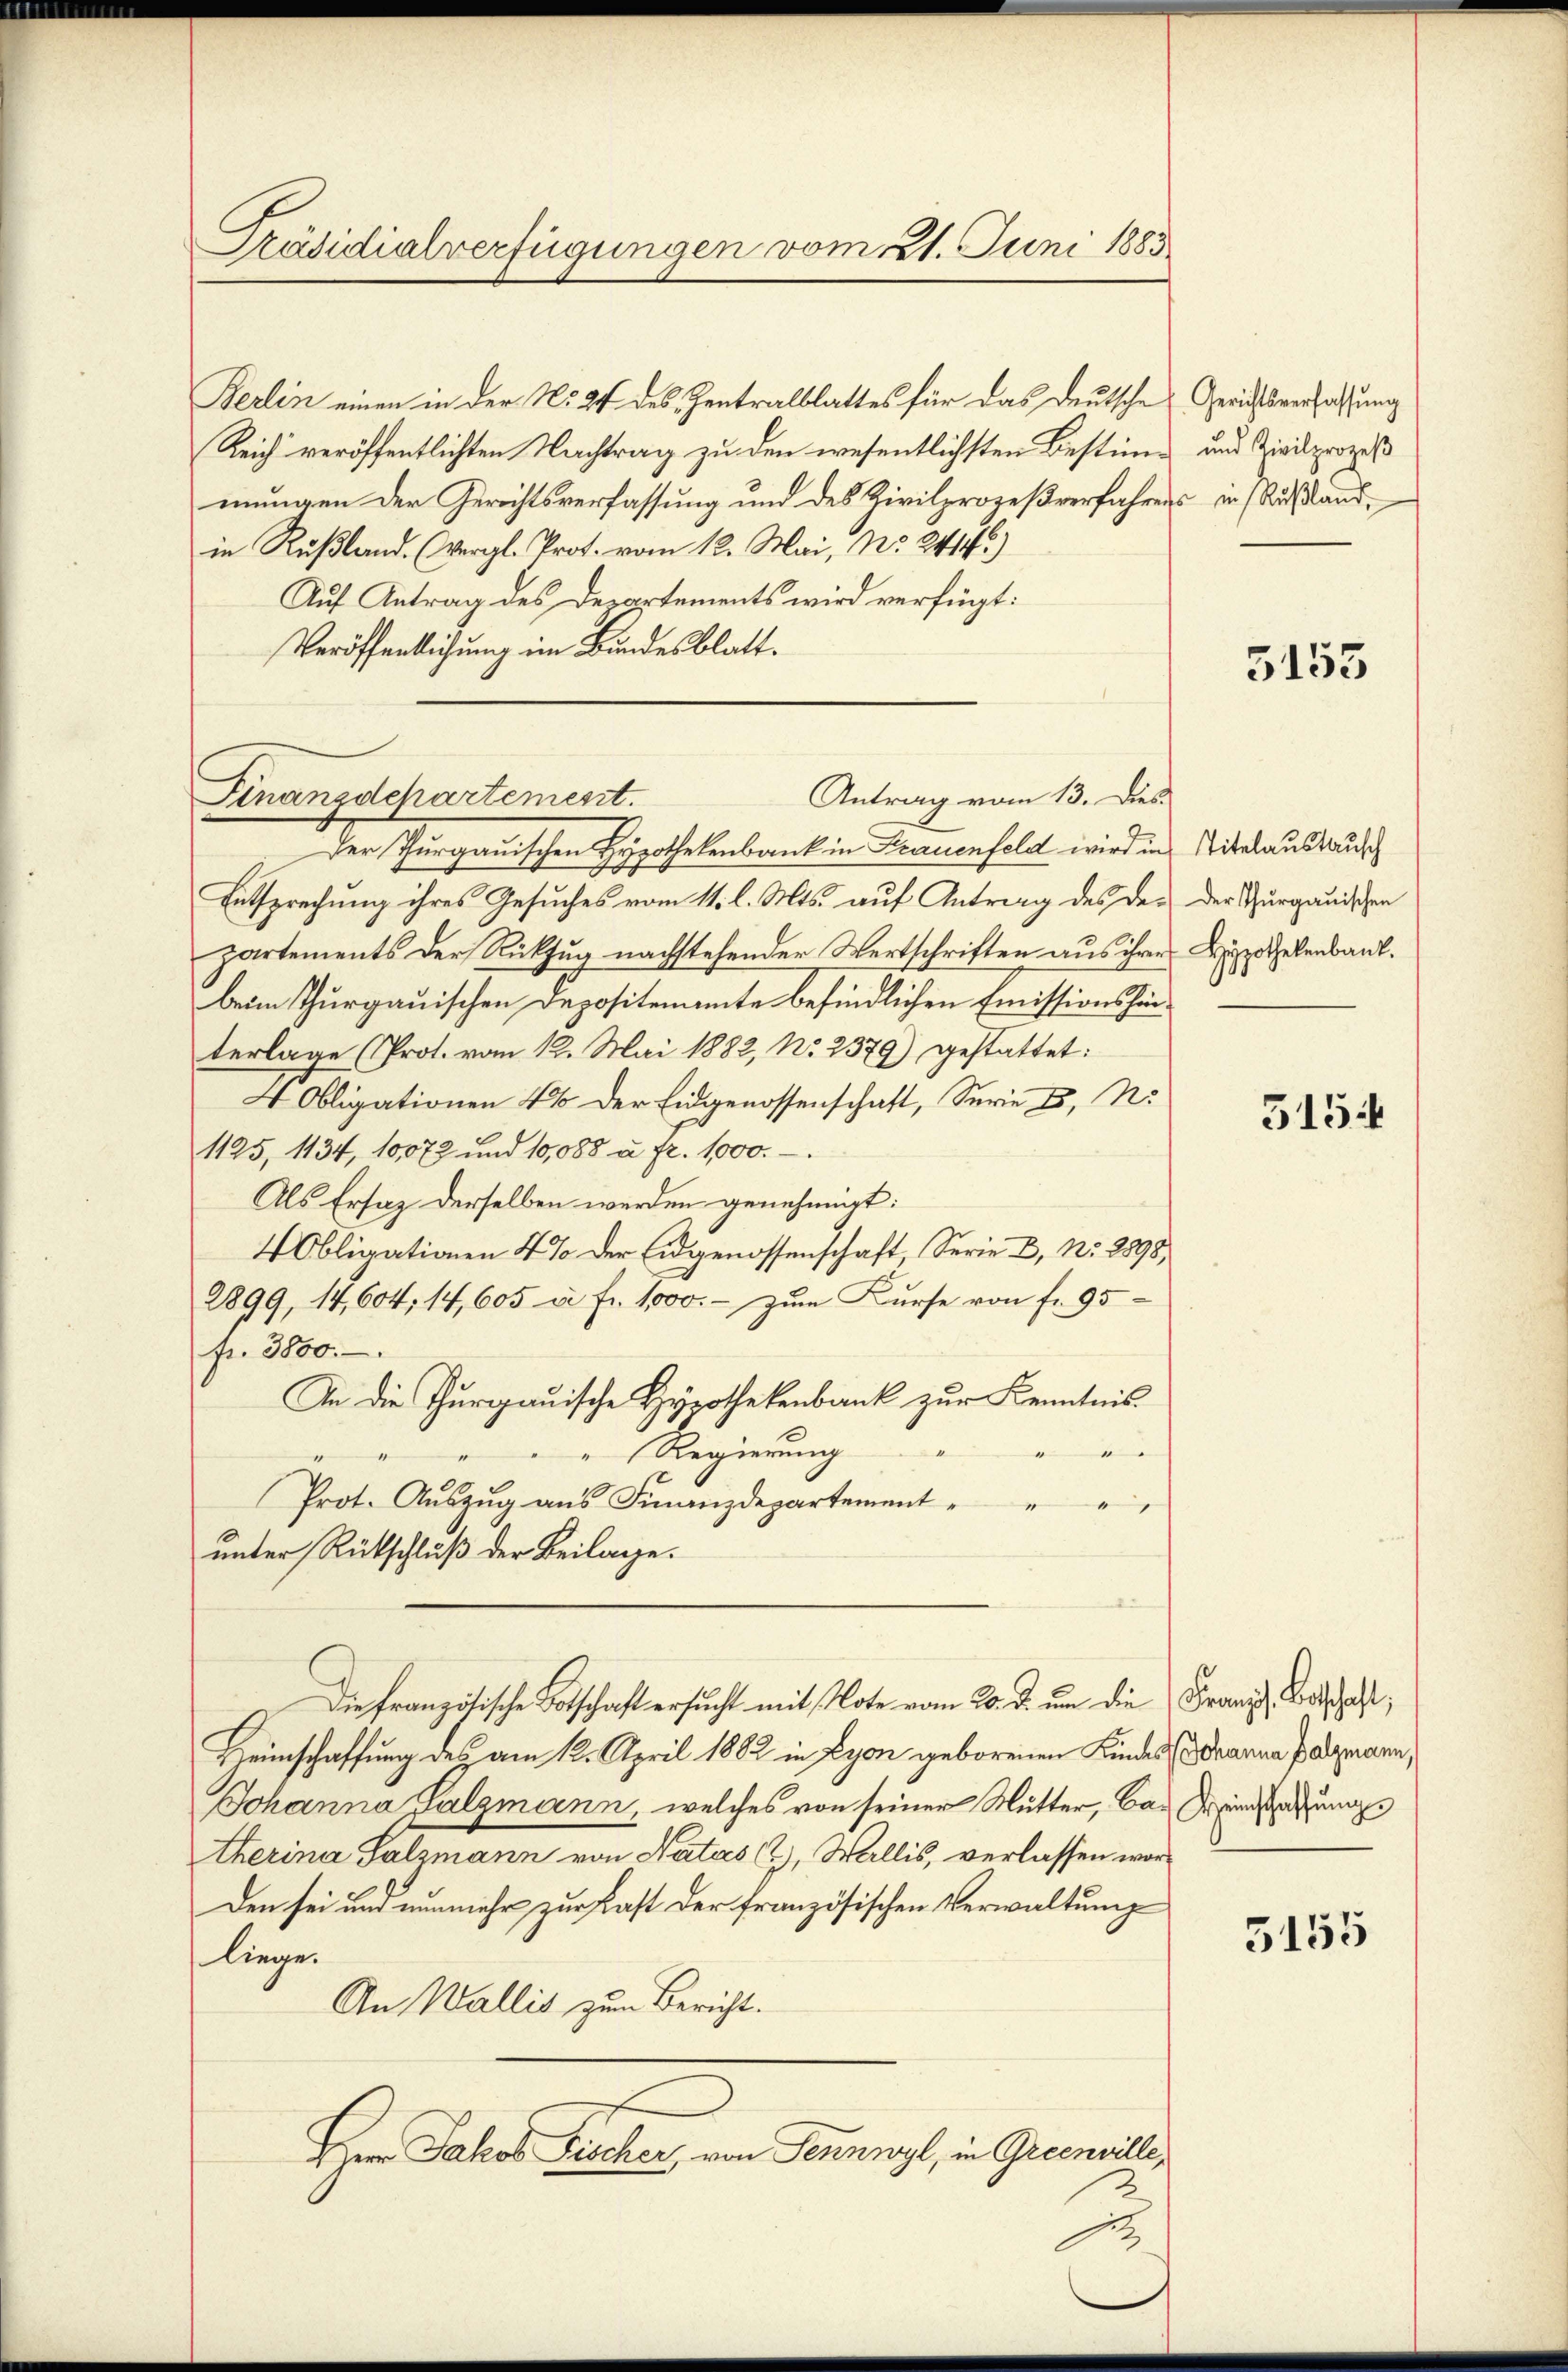
Präsidialverfügungen vom 1. Juni 1883

Berlin einen in der No 24 des Zentralblattes für das deutsche Gerichtsverfassung
Reich veröffentlichten Nachtrag zu den wesentlichsten Bestimme und Zivilprozess
mungen der Gerichtsverfassung und des Zivilprozeßverfahrens in Rußland¬
 R. P. 12. Mai, Nr. 241)
Auf Antrag des Departements wird verfügt:
Veröffentlichung im Bundesblatt.

Antrag vom 13. Dies
Finanzdepartement.

Der Thurgauischen Hypothekenbank in Frauenfeld wird in
Entsprechung ihres Gesuches vom 11. l. Mts. auf Antrag des Departements der Rückzug nachstehender Wertschriften aus ihre
beim Thurgauischen Depositenante befindlichen Emissionshärterlage (Prot. vom 12. Mai 1882, No. 2379) gestattet:
 Obligationen 44 der Eidgenossenschaft, Serie II, N.
1125, 1134, 10,072 und 10,088 u. fr. 1000.
Als Ersatz derselben werden genehmigt:
4 Obligationen 4% der Eidgenossenschaft Serie D, No. 2898,
2899, 14,604; 14, 605 u. fr. 1000.- zum Kurse von fr. 95
fr. 3800.
An die Thurgauische Hypothekenbank zur Kenntnis.
Regierung
d
Prot. Aŭszŭg ans Finanzdepartement
unter Rückschluß der Beilage.
Die französische Botschaft ersucht mit Note vom 20. d. um die Franz, Botschaft,
Heimschaffung des am 12. April 1882 in Lyon geborenen Kindes (dranna Patzmann,
Johanna Salzmann, welches von seiner Mutter, ba-Weinsetzungs
therina Salzmann von Natas (2), Wallis, verlassen wor¬
Den sei und nunmehr zur Kast der französischen Verwaltung
liege.
An Wallis zum Bericht.
Dem Jakob Fischer, von Sennwyl, in Greenuille,

5153

Titelaustausch
Der Thurgauischen
Hypothekenbank.

515 f

5155